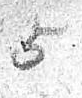
5